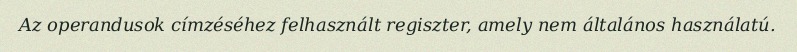
Az operandusok címzéséhez felhasznált regiszter, amely nem általános használatú.